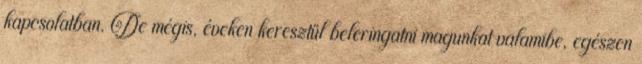
kapcsolatban. De mégis, éveken keresztül beleringatni magunkat valamibe, egészen